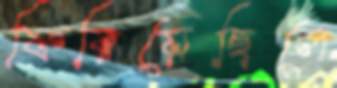
ফিরিয়েছিলে